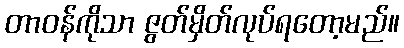
တာဝန်ကိုသာ ဇွတ်မှိတ်လုပ်ရတော့မည်။